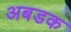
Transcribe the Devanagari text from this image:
अबडक